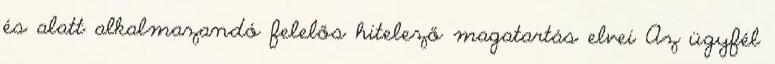
és alatt alkalmazandó felelős hitelező magatartás elvei Az ügyfél